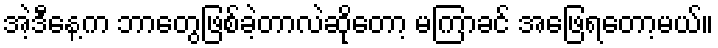
အဲ့ဒီနေ့က ဘာတွေဖြစ်ခဲ့တာလဲဆိုတော့ မကြာခင် အဖြေရတော့မယ်။